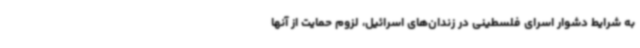
به شرایط دشوار اسرای فلسطینی در زندان‌های اسرائیل، لزوم حمایت از آنها